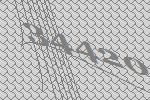
34420